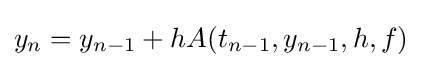
y_{n}=y_{n-1}+hA(t_{n-1},y_{n-1},h,f)